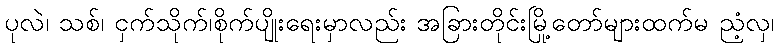
ပုလဲ၊ သစ်၊ ငှက်သိုက်၊စိုက်ပျိုးရေးမှာလည်း အခြားတိုင်းမြို့တော်များထက်မ ညံ့လှ၊